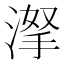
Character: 𣸏